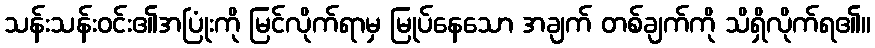
သန်းသန်းဝင်း၏အပြုံးကို မြင်လိုက်ရာမှ မြုပ်နေသော အချက် တစ်ချက်ကို သိရှိလိုက်ရ၏။